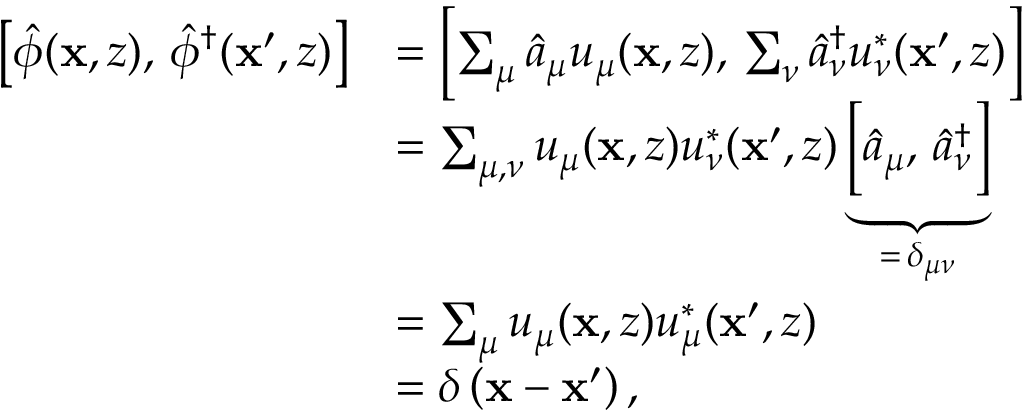
\begin{array} { r l } { \left[ \hat { \phi } ( \mathbf { x } , z ) , \, \hat { \phi } ^ { \dagger } ( \mathbf { x } ^ { \prime } , z ) \right] } & { = \Bigl [ \sum _ { \mu } \hat { a } _ { \mu } u _ { \mu } ( \mathbf { x } , z ) , \, \sum _ { \nu } \hat { a } _ { \nu } ^ { \dagger } u _ { \nu } ^ { * } ( \mathbf { x } ^ { \prime } , z ) \Bigr ] } \\ & { = \sum _ { \mu , \nu } u _ { \mu } ( \mathbf { x } , z ) u _ { \nu } ^ { * } ( \mathbf { x } ^ { \prime } , z ) \underbrace { \Bigl [ \hat { a } _ { \mu } , \, \hat { a } _ { \nu } ^ { \dagger } \Bigr ] } _ { = \, \delta _ { \mu \nu } } } \\ & { = \sum _ { \mu } u _ { \mu } ( \mathbf { x } , z ) u _ { \mu } ^ { * } ( \mathbf { x } ^ { \prime } , z ) } \\ & { = \delta \left( \mathbf { x } - \mathbf { x } ^ { \prime } \right) , } \end{array}